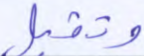
وتقبل